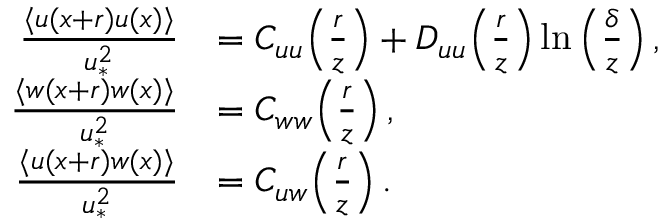
\begin{array} { r l } { \frac { \langle u ( x + r ) u ( x ) \rangle } { u _ { \ast } ^ { 2 } } } & { = C _ { u u } \! \left( \frac { r } { z } \right) + D _ { u u } \! \left( \frac { r } { z } \right) \ln \left( \frac { \delta } { z } \right) , } \\ { \frac { \langle w ( x + r ) w ( x ) \rangle } { u _ { \ast } ^ { 2 } } } & { = C _ { w w } \! \left( \frac { r } { z } \right) , } \\ { \frac { \langle u ( x + r ) w ( x ) \rangle } { u _ { \ast } ^ { 2 } } } & { = C _ { u w } \! \left( \frac { r } { z } \right) . } \end{array}